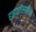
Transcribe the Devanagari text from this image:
हाइपरॉस्मॉटिक